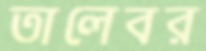
তালেবর